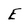
Character: E